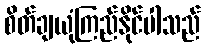
စိတ်ချယုံကြည်နိုင်ပါသည်